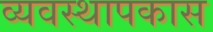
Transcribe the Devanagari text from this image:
व्यवस्थापकास